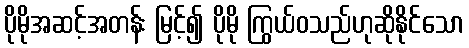
ပိုမိုအဆင့်အတန်း မြင့်၍ ပိုမို ကြွယ်ဝသည်ဟုဆိုနိုင်သော